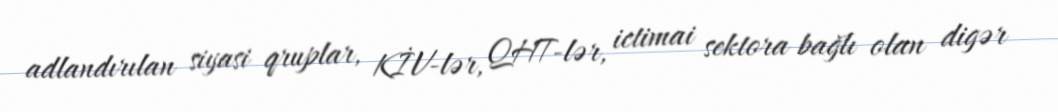
adlandırılan siyasi qruplar, KİV-lər, QHT-lər, ictimai sektora bağlı olan digər